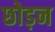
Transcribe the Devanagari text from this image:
छोड़न